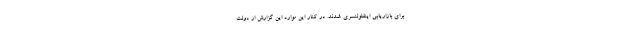
برای بازاریابی اینفلوئنسری شدند. در کنار این موارد این گزارش از دولت